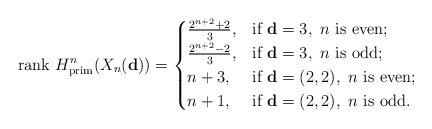
LaTeX: \begin{align*}\mathrm{rank}\ H_{\mathrm{prim}}^n(X_n(\mathbf{d}))=\begin{cases}\frac{2^{n+2}+2}{3},& \mbox{if}\ \mathbf{d}=3,\ n\ \mbox{is even};\\\frac{2^{n+2}-2}{3},& \mbox{if}\ \mathbf{d}=3,\ n\ \mbox{is odd};\\n+3,& \mbox{if}\ \mathbf{d}=(2,2),\ n\ \mbox{is even};\\n+1,& \mbox{if}\ \mathbf{d}=(2,2),\ n\ \mbox{is odd}.\end{cases}\end{align*}